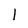
Character: l